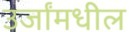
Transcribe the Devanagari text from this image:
उर्जांमधील